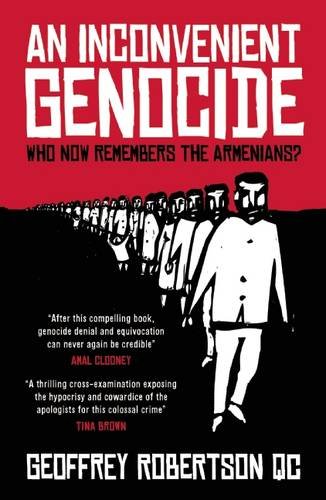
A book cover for An Inconvenient Genocide: Who Now Remembers the Armenians?; Geoffrey Robertson; History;